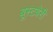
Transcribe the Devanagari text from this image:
बूस्टबेरी